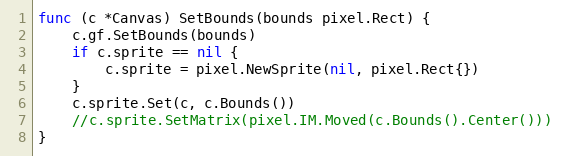
Language: Go
func (c *Canvas) SetBounds(bounds pixel.Rect) {
	c.gf.SetBounds(bounds)
	if c.sprite == nil {
		c.sprite = pixel.NewSprite(nil, pixel.Rect{})
	}
	c.sprite.Set(c, c.Bounds())
	//c.sprite.SetMatrix(pixel.IM.Moved(c.Bounds().Center()))
}